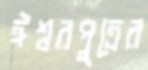
ঈশ্বরপুত্রের